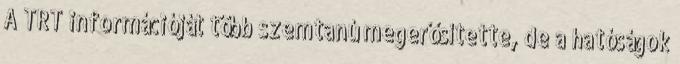
A TRT információját több szemtanú megerősítette, de a hatóságok